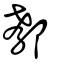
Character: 郩